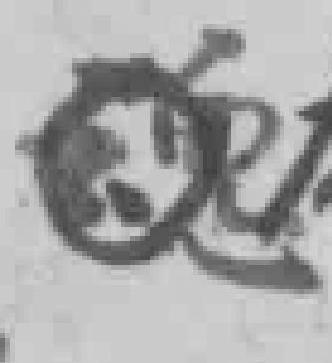
*